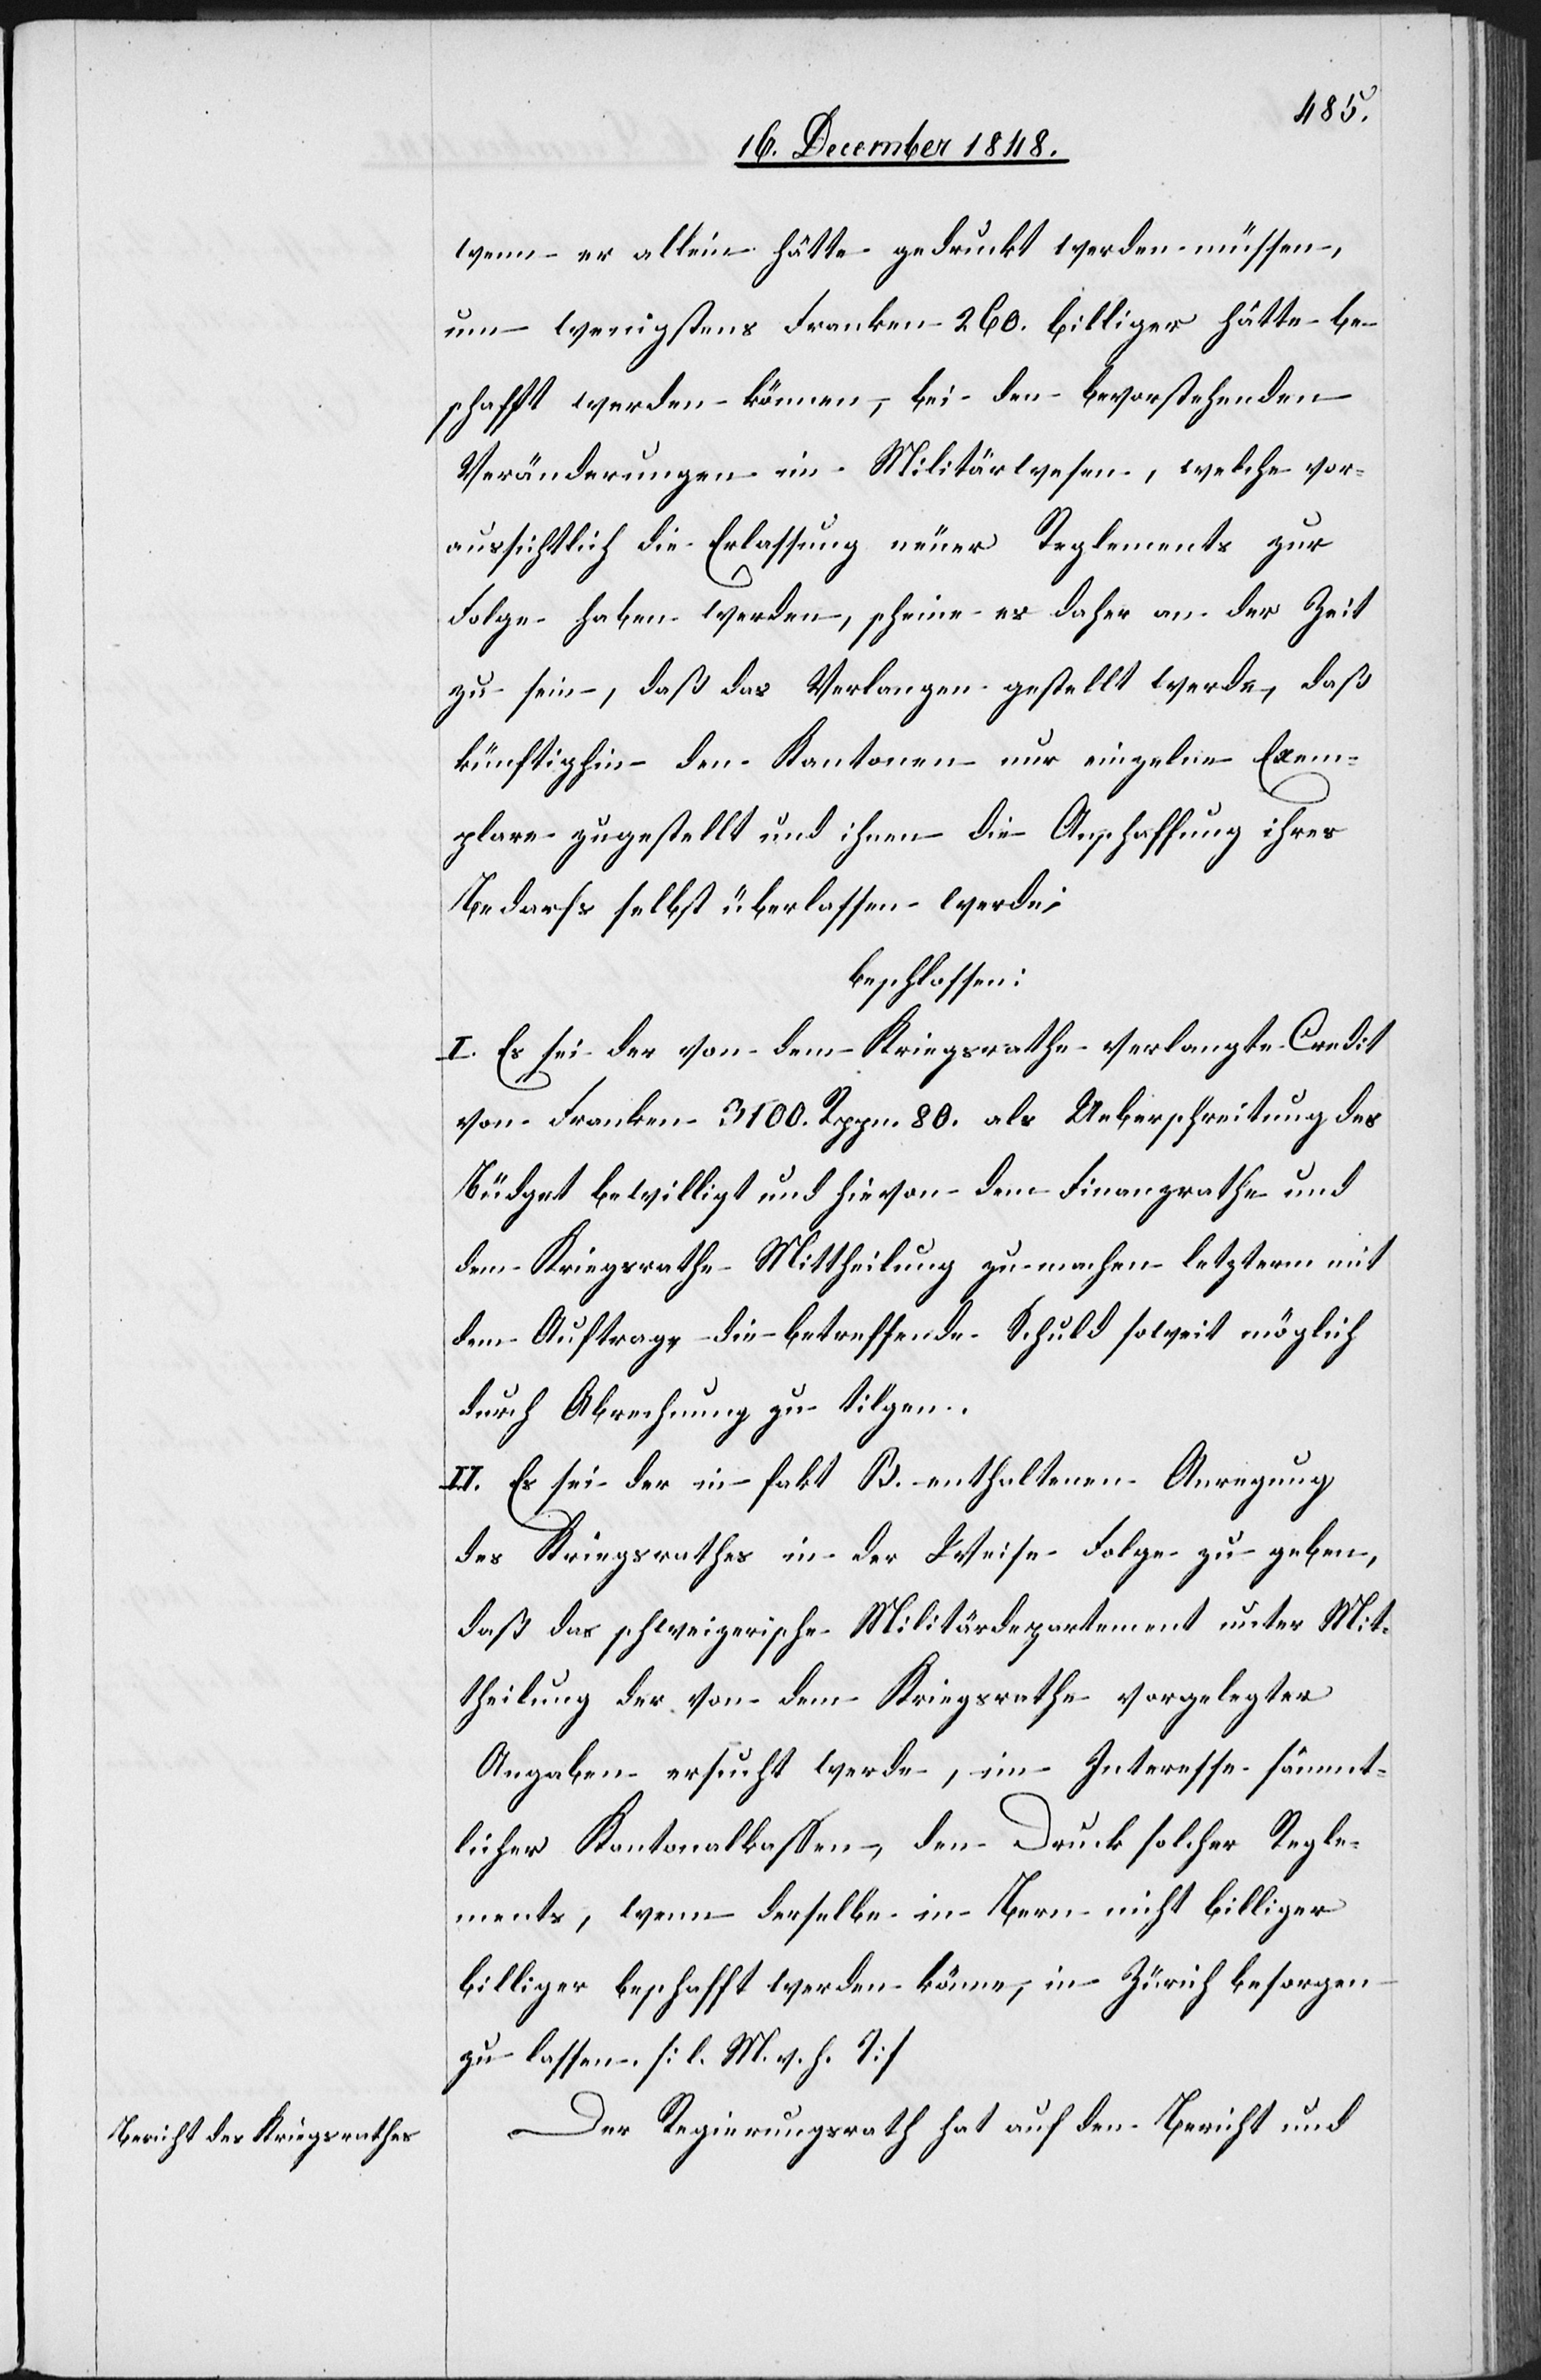
wenn er allein hätte gedruckt werden müssen,
um wenigstens Franken 260. billiger hätte be¬
schafft werden können, bei den bevorstehenden
Veränderungen im Militärwesen, welche vor¬
aussichtlich die Erlassung neuer Reglements zur
Folge haben werden, scheine es daher an der Zeit
zu sein, daß das Verlangen gestellt werde, daß
künftighin den Kantonen nur einzelne Exem¬
plare zugestellt und ihnen die Anschaffung ihres
Bedarfs selbst überlassen werde;
beschlossen:
I. Es sei der von dem Kriegsrathe verlangte Credit
von Franken 3100. Rppn. 80. als Ueberschreitung des
Büdget bewilligt und hievon dem Finanzrathe und
dem Kriegsrathe Mittheilung zu machen letzterm mit
dem Auftrage, die betreffende Schuld soweit möglich
durch Abrechnung zu tilgen.
II. Es sei der in fakt B. enthaltenen Anregung
des Kriegsrathes in der Weise Folge zu geben,
daß das schweizerische Militärdepartement unter Mit¬
theilung der von dem Kriegsrathe vorgelegter
Angaben ersucht werde, im Interesse sämmt¬
licher Kantonalkassen, den Druck solcher Regle¬
ments, wenn derselbe in Bern nicht billiger
zu lassen. [l. M. v. h. T]
Der Regierungsrath hat auf den Bericht und